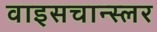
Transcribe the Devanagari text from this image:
वाइसचान्स्लर